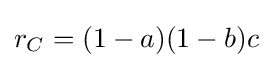
r_{C}=(1-a)(1-b)c